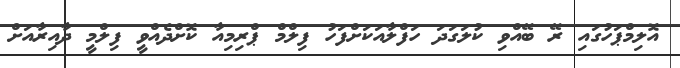
އޮލިމްޕަހުގައި ރޭ ބޭއްވި ކުލަގަދަ ހަފްލާއަކަށްފަހު ފިލްމް ޕްރިމިއާ ކޮށްދެއްވީ ފިލްމީ ދާއިރާއަށް